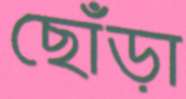
ছোঁড়া